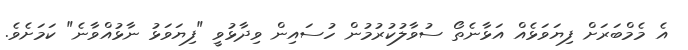
އެ މެމްބަރަށް ފިޔަވަޅެއް އަޅާނެތޯ ސުވާލުކުރުމުން ހުސައިން ވިދާޅުވީ "ފިޔަވަޅު ނާޅުއްވާނެ" ކަމަށެވެ.